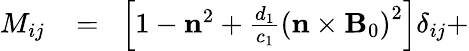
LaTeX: \begin{array}{rlr}{M_{ij}\! }&{{}=}&{\! \left[1-{\mathbf n}^{2}+\frac{d_{1}}{c_{1}}\left({\mathbf n}\times{\mathbf B}_{0}\right)^{2}\right]\delta_{ij}+}\end{array}